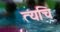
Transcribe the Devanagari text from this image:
त्यचि